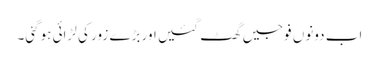
اب دونوں فوجیں گھٹ گئیں اور بڑے زور کی لڑائی ہوگئی۔